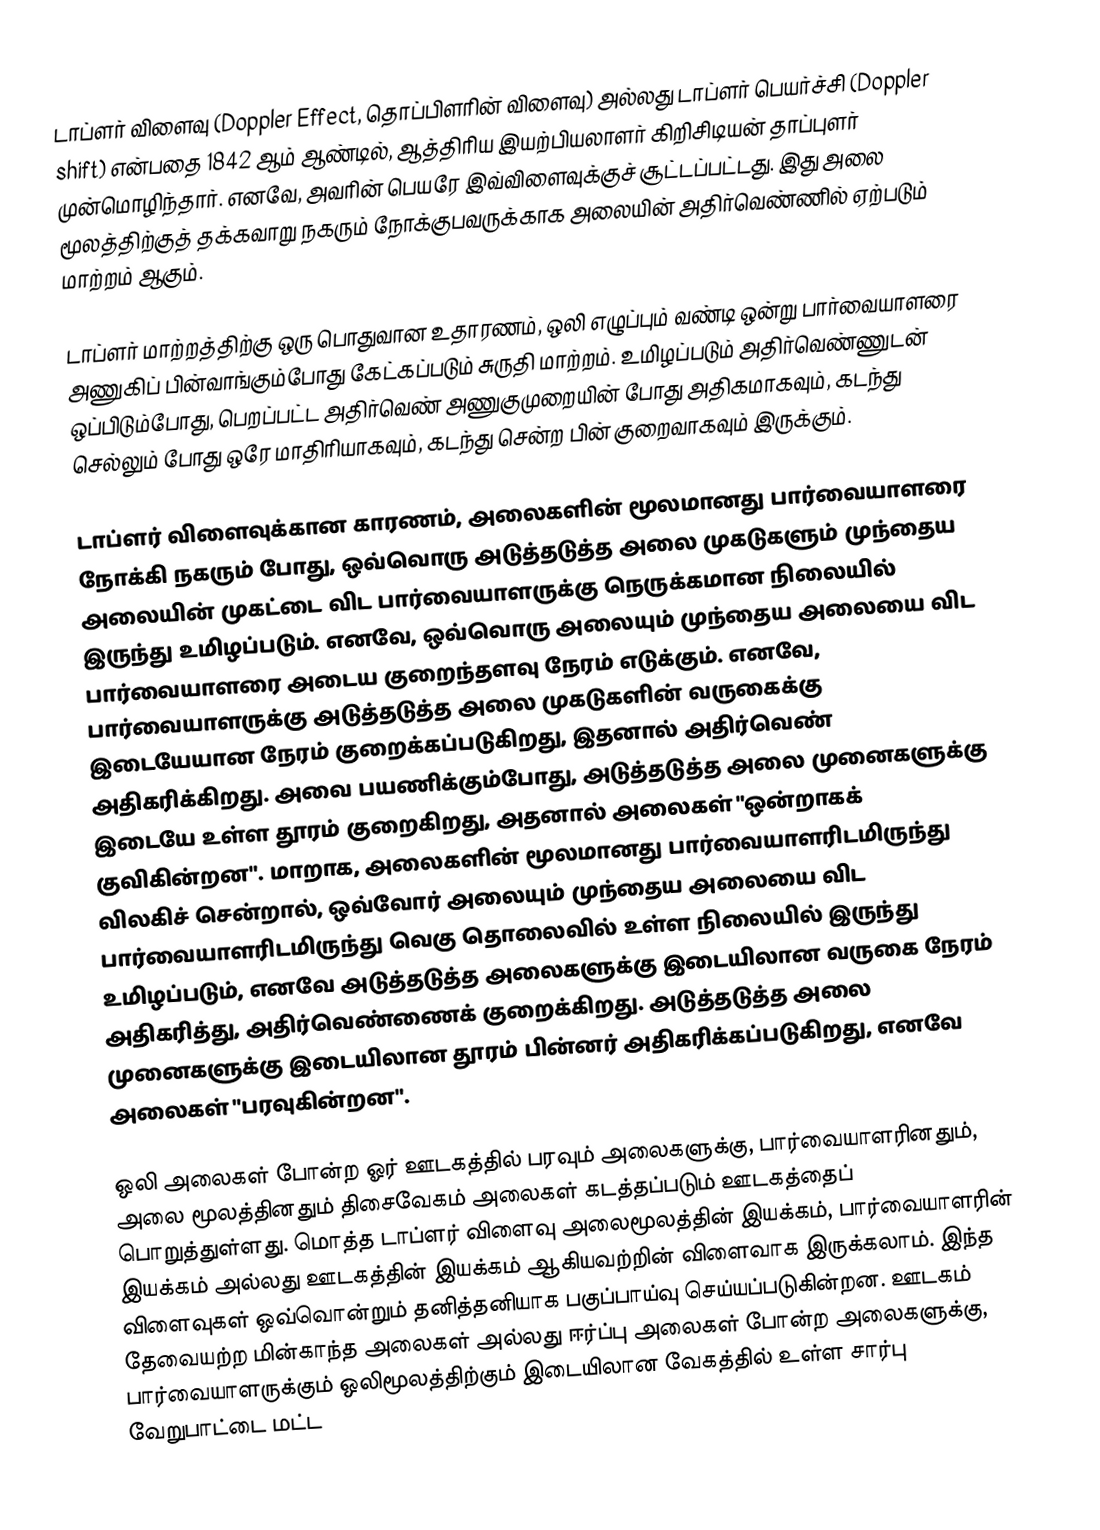
டாப்ளர் விளைவு (Doppler Effect, தொப்பிளரின் விளைவு) அல்லது டாப்ளர் பெயர்ச்சி (Doppler shift) என்பதை 1842 ஆம் ஆண்டில், ஆத்திரிய இயற்பியலாளர் கிறிசிடியன் தாப்புளர் முன்மொழிந்தார். எனவே, அவரின் பெயரே இவ்விளைவுக்குச் சூட்டப்பட்டது. இது அலை மூலத்திற்குத் தக்கவாறு நகரும் நோக்குபவருக்காக அலையின் அதிர்வெண்ணில் ஏற்படும் மாற்றம் ஆகும்.

டாப்ளர் மாற்றத்திற்கு ஒரு பொதுவான உதாரணம், ஒலி எழுப்பும் வண்டி ஒன்று பார்வையாளரை அணுகிப் பின்வாங்கும்போது கேட்கப்படும் சுருதி மாற்றம். உமிழப்படும் அதிர்வெண்ணுடன் ஒப்பிடும்போது, பெறப்பட்ட அதிர்வெண் அணுகுமுறையின் போது அதிகமாகவும், கடந்து செல்லும் போது ஒரே மாதிரியாகவும், கடந்து சென்ற பின் குறைவாகவும் இருக்கும்.

டாப்ளர் விளைவுக்கான காரணம், அலைகளின் மூலமானது பார்வையாளரை நோக்கி நகரும் போது, ஒவ்வொரு அடுத்தடுத்த அலை முகடுகளும் முந்தைய அலையின் முகட்டை விட பார்வையாளருக்கு நெருக்கமான நிலையில் இருந்து உமிழப்படும். எனவே, ஒவ்வொரு அலையும் முந்தைய அலையை விட பார்வையாளரை அடைய குறைந்தளவு நேரம் எடுக்கும். எனவே, பார்வையாளருக்கு அடுத்தடுத்த அலை முகடுகளின் வருகைக்கு இடையேயான நேரம் குறைக்கப்படுகிறது, இதனால் அதிர்வெண் அதிகரிக்கிறது. அவை பயணிக்கும்போது, அடுத்தடுத்த அலை முனைகளுக்கு இடையே உள்ள தூரம் குறைகிறது, அதனால் அலைகள் "ஒன்றாகக் குவிகின்றன". மாறாக, அலைகளின் மூலமானது பார்வையாளரிடமிருந்து விலகிச் சென்றால், ஒவ்வோர் அலையும் முந்தைய அலையை விட பார்வையாளரிடமிருந்து வெகு தொலைவில் உள்ள நிலையில் இருந்து உமிழப்படும், எனவே அடுத்தடுத்த அலைகளுக்கு இடையிலான வருகை நேரம் அதிகரித்து, அதிர்வெண்ணைக் குறைக்கிறது. அடுத்தடுத்த அலை முனைகளுக்கு இடையிலான தூரம் பின்னர் அதிகரிக்கப்படுகிறது, எனவே அலைகள் "பரவுகின்றன".

ஒலி அலைகள் போன்ற ஓர் ஊடகத்தில் பரவும் அலைகளுக்கு, பார்வையாளரினதும், அலை மூலத்தினதும் திசைவேகம் அலைகள் கடத்தப்படும் ஊடகத்தைப் பொறுத்துள்ளது. மொத்த டாப்ளர் விளைவு அலைமூலத்தின் இயக்கம், பார்வையாளரின் இயக்கம் அல்லது ஊடகத்தின் இயக்கம் ஆகியவற்றின் விளைவாக இருக்கலாம். இந்த விளைவுகள் ஒவ்வொன்றும் தனித்தனியாக பகுப்பாய்வு செய்யப்படுகின்றன. ஊடகம் தேவையற்ற மின்காந்த அலைகள் அல்லது ஈர்ப்பு அலைகள் போன்ற அலைகளுக்கு, பார்வையாளருக்கும் ஒலிமூலத்திற்கும் இடையிலான வேகத்தில் உள்ள சார்பு வேறுபாட்டை மட்ட